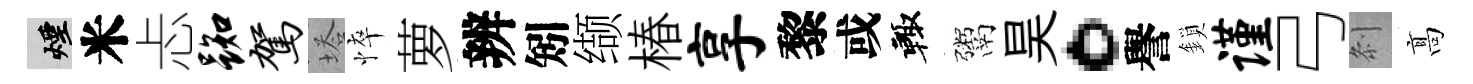
煙米忐踟驾塔悴萝辨矧缬椿享黎或輙鬻昊。譽鎖谨弓𠛴髙